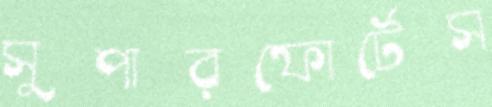
সুপারফোর্টেস